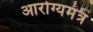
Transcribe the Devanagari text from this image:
आरोग्यमंत्र